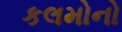
કલમોનો